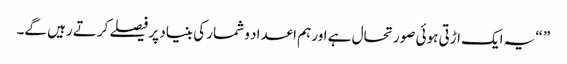
” “یہ ایک اڑتی ہوئی صورتحال ہے اور ہم اعداد و شمار کی بنیاد پر فیصلے کرتے رہیں گے۔